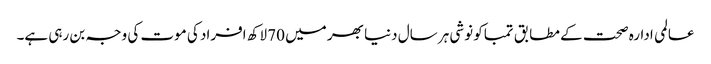
عالمی ادارہ صحت کے مطابق تمباکو نوشی ہر سال دنیا بھر میں 70 لاکھ افراد کی موت کی وجہ بن رہی ہے۔